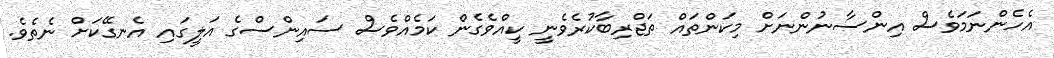
އެހެންނަމަވެސް އިންސާނުންނަށް މިކަންތައް ތަޖްރިބާކުރެވެނީ ކީއްވެގެން ކަމެއްވެސް ސައިންސްގެ އަލީގައި އެނގޭކަށް ނެތެވެ.